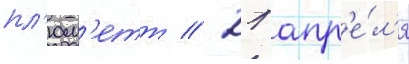
пл'юм'етт // 21 апр'е́л'я